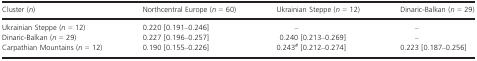
<table><thead><tr><td><b>Cluster (<i>n</i>)</b></td><td><b>Northcentral Europe (<i>n</i> = 60)</b></td><td><b>Ukrainian Steppe (<i>n</i> = 12)</b></td><td><b>Dinaric‐Balkan (<i>n</i> = 29)</b></td></tr></thead><tbody><tr><td>Ukrainian Steppe (<i>n</i> = 12)</td><td>0.220 [0.191–0.246]</td><td>–</td><td>–</td></tr><tr><td>Dinaric‐Balkan (<i>n</i> = 29)</td><td>0.227 [0.196–0.257]</td><td>0.240 [0.213–0.269]</td><td>–</td></tr><tr><td>Carpathian Mountains (<i>n</i> = 12)</td><td>0.190 [0.155–0.226]</td><td>0.243a [0.212–0.274]</td><td>0.223 [0.187–0.256]</td></tr></tbody></table>